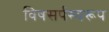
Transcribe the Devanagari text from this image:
विषसर्पस्वरूप